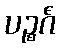
ပဉ္စင်္ဂံ